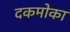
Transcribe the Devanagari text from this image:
दकमोका